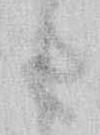
た